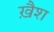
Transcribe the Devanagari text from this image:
ख़ैश